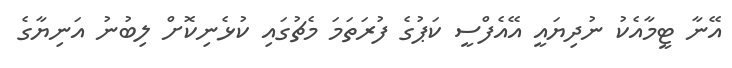
އޭނާ ޓީމާއެކު ނުދިޔައީ އޭއެފްސީ ކަޕުގެ ފުރަތަމަ މެޗުގައި ކުޅެނިކޮށް ލިބުނު އަނިޔާގެ